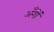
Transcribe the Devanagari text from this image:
अँगों